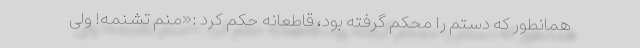
همانطور که دستم را محکم گرفته بود، قاطعانه حکم کرد :«منم تشنمه! ولی